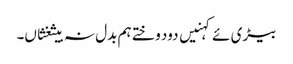
بیڑی ئے کہنیں دود وختے ہم بدل نہ بیثغثاں۔